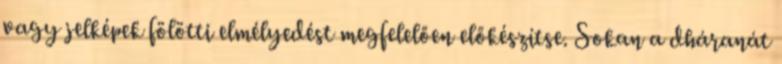
vagy jelképek fölötti elmélyedést megfelelően előkészítse. Sokan a dháranát